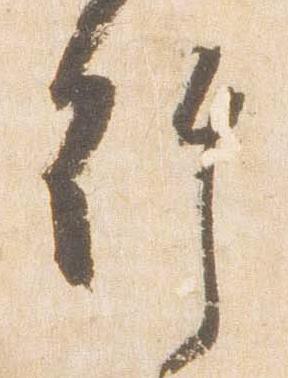
許